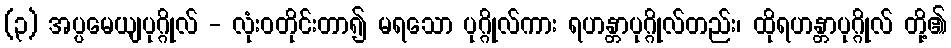
(၃) အပ္ပမေယျပုဂ္ဂိုလ် - လုံးဝတိုင်းတာ၍ မရသော ပုဂ္ဂိုလ်ကား ရဟန္တာပုဂ္ဂိုလ်တည်း၊ ထိုရဟန္တာပုဂ္ဂိုလ် တို့၏